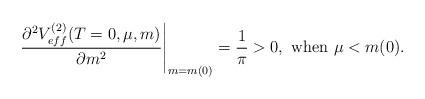
LaTeX: \begin{align*}\left.\frac{\partial^2V_{eff}^{(2)}(T=0,\mu,m)}{\partial m^2}\right|_{m=m(0)}=\frac{1}{\pi}>0, \ {\rm when} \ \mu<m(0).\end{align*}